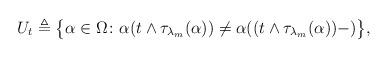
LaTeX: \begin{align*}U_t \triangleq \big\{\alpha \in \Omega \colon \alpha (t \wedge \tau_{\lambda_{m}}(\alpha)) \not = \alpha((t \wedge \tau_{\lambda_{m}}(\alpha))-) \big\},\end{align*}